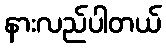
နားလည်ပါတယ်